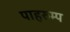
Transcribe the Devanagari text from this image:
पाहरुम्प